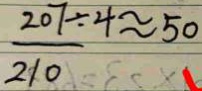
\frac { 2 0 7 } { 2 1 0 } \div 4 \approx 5 0